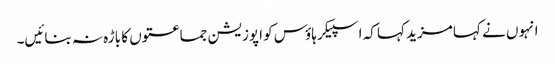
انہوں نے کہا مزید کہا کہ اسپیکر ہاؤس کو اپوزیشن جماعتوں کا باڑہ نہ بنائیں۔